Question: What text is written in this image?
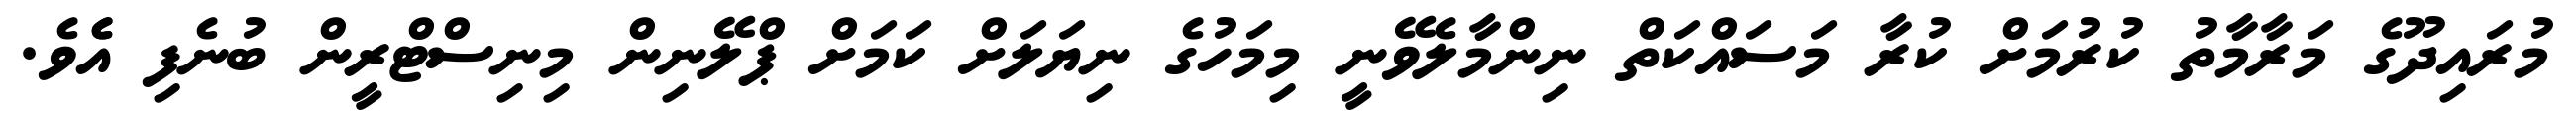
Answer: މުރައިދޫގެ މަރާމާތު ކުރުމަށް ކުރާ މަސައްކަތް ނިންމާލެވޭނީ މިމަހުގެ ނިޔަލަށް ކަމަށް ޕްލޭނިން މިނިސްޓްރީން ބުނެފި އެެވެ.